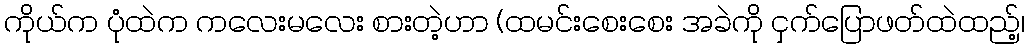
ကိုယ်က ပုံထဲက ကလေးမလေး စားတဲ့ဟာ (ထမင်းစေးစေး အခဲကို ငှက်ပြောဖတ်ထဲထည့်၊